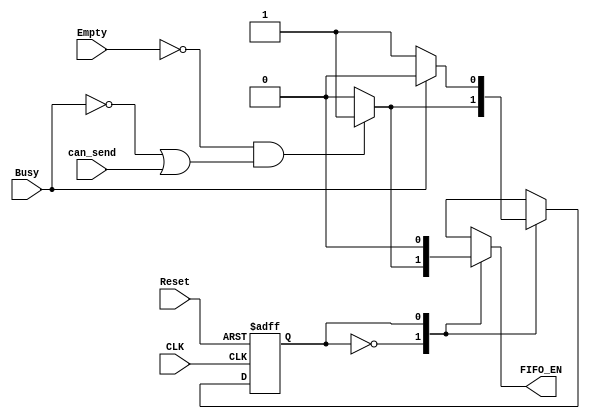
module SYS_CNTR_Tx (
    //---------------------------------------------
    /*            CLK & Reset                    */
    //---------------------------------------------
    input  wire        CLK,       
    input  wire        Reset,
    //---------------------------------------------
    /*          transmitter outputs               */
    //---------------------------------------------
    input  wire        Busy,
    input  wire        can_send,
    //---------------------------------------------
    /*             FIFO input & outputs          */
    //---------------------------------------------
    input  wire        Empty,
    output reg         FIFO_EN
);

//---------------------------------------------
/*               States                      */
//--------------------------------------------- 
localparam Idle    = 1'b0;
localparam sending = 1'b1;

reg  curr_state;
reg  next_state;

//---------------------------------------------
/*          curr states always               */
//--------------------------------------------- 
always @(posedge CLK, negedge Reset) begin
    if (!Reset) begin
        curr_state <= 0;
    end
    else begin
        curr_state <= next_state;
    end
end

//---------------------------------------------
/*       next States & output always         */
//--------------------------------------------- 
always @(*) begin
    case (curr_state)
        Idle: begin
            if (!Empty &&  (!Busy | can_send)) begin
                next_state = sending;
                FIFO_EN    = 1;
            end
            else begin
                next_state = Idle;
                FIFO_EN    = 0;
            end
        end

        sending: begin
            if (Busy) begin
                next_state = Idle;
                FIFO_EN    = 0;
            end
            else begin
                next_state = sending;
                FIFO_EN    = 0;
            end
        end 
    endcase
end


endmodule